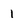
Character: 1